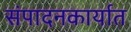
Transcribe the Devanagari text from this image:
संपादनकार्यात